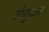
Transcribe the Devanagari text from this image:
टोब्रुकला